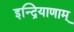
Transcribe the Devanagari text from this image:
इन्द्रियाणाम्